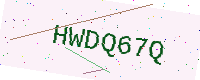
Text: HWDQ67Q